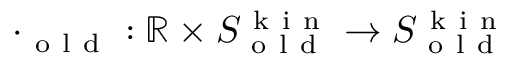
\cdot _ { \mathrm { ~ o ~ l ~ d ~ } } : \mathbb { R } \times S _ { \mathrm { ~ o ~ l ~ d ~ } } ^ { \mathrm { ~ k ~ i ~ n ~ } } \to S _ { \mathrm { ~ o ~ l ~ d ~ } } ^ { \mathrm { ~ k ~ i ~ n ~ } }